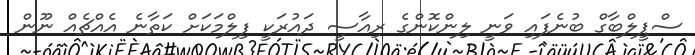
ސްޕީލްބާގް ބުނެފައި ވަނީ ލިންކޮންގެ ރިއާސީ ދައުރަކީ ފިލްމަކަށް ކަތާނެ އެއްޗެއް ނޫން